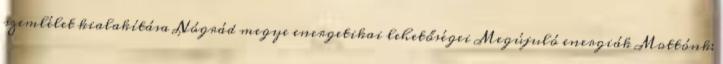
szemlélet kialakítása Nógrád megye energetikai lehetőségei Megújuló energiák Mottónk: